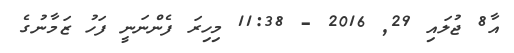
އާ8 ޖުލައި 29